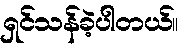
ရှင်သန်ခဲ့ပါတယ်။